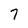
Character: 7